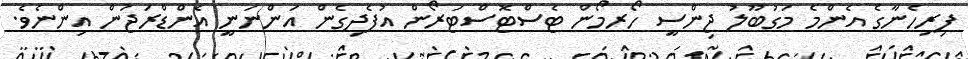
ފިރިހެނާގެ އެންމެ މަގުބޫލު ޖިންސީ ހޯރމޯން ޓެސްޓޮސްޓަރޯން އުފެދިގެން އަންނަނީ އެންޑްރަޖަން އިންނެވެ.